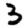
Digit: 3